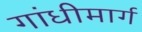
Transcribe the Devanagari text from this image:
गांधीमार्ग